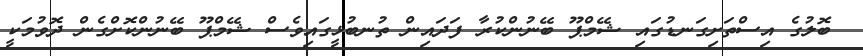
ބޮލުގެ އިސްތަށިގަނޑުގައި ޝޭމްޕޫ ބޭނުންކުރާ ފަދައިން ތުނބުޅީގައިވެސް ޝޭމްޕޫ ބޭނުންކޮށްގެން ދޮވުމަކީ